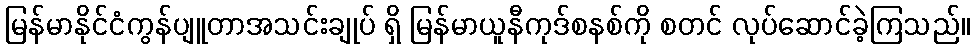
မြန်မာနိုင်ငံကွန်ပျူတာအသင်းချုပ် ရှိ မြန်မာယူနီကုဒ်စနစ်ကို စတင် လုပ်ဆောင်ခဲ့ကြသည်။